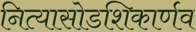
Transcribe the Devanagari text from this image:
नित्यासोडशिकार्णव